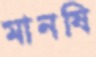
মানষি